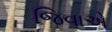
જિવાએ